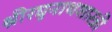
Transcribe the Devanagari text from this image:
श्रीरघुनाथशास्त्री